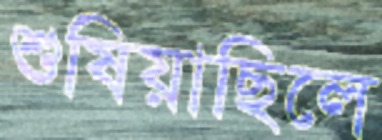
শুষিয়াছিলে